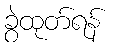
ခွဲထုတ်ရန်